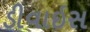
ડીવાઇસ